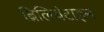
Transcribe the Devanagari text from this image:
ब्रिलियंटाइन